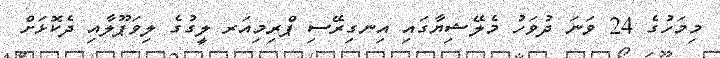
މިމަހުގެ 24 ވަނަ ދުވަހު މެލޭޝިޔާގައި އިނގިރޭސި ޕްރިމިއަރ ލީގުގެ ލިވަޕޫލާއި ދެކޮޅަށް